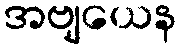
အဗျယေန